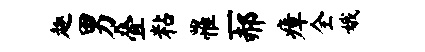
趣男叠粘罹一郝瘴全娥